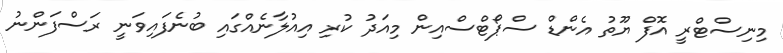
މިނިސްޓްރީ އޮފް ޔޫތު އެންޑް ސްޕޯޓްސްއިން މިއަދު ކުރި އިއުލާނެއްގައި ބުނެފައިވަނީ ރަސްފަންނު